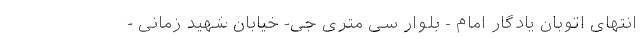
انتهای اتوبان یادگار امام - بلوار سی متری جی- خیابان شهید زمانی -